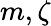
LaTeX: m,\zeta